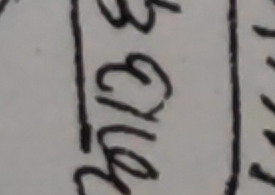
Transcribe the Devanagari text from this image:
३गेर